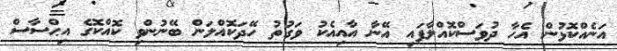
އަނެއްކޮޅުން އެހާ ދުވަސްކޮއްލާފައި އޭނާ އާއިއެކު ވަގުތު ހޭދަކޮއްލަން ބޭނުންވި ކޮއްކޮގެ އިޙްސާސް